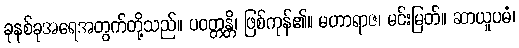
ခုနစ်ခုအရေအတွက်တို့သည်။ ပဝတ္တန္တိ၊ ဖြစ်ကုန်၏။ မဟာရာဇ၊ မင်းမြတ်။ ဆာယူပမံ၊